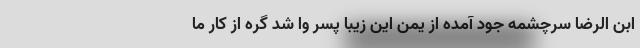
ابن الرضا سرچشمه جود آمده از یمن این زیبا پسر وا شد گره از کار ما